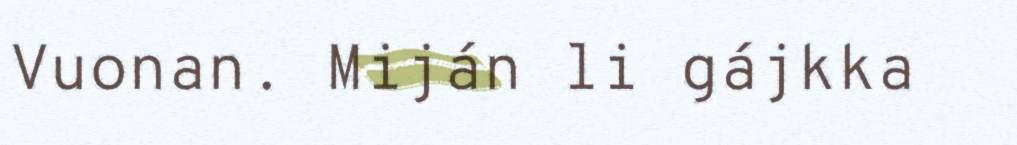
Vuonan. Miján li gájkka